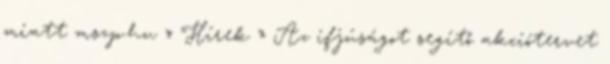
miatt mszp.hu » Hírek » Az ifjúságot segítő akciótervet